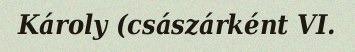
Károly (császárként VI.